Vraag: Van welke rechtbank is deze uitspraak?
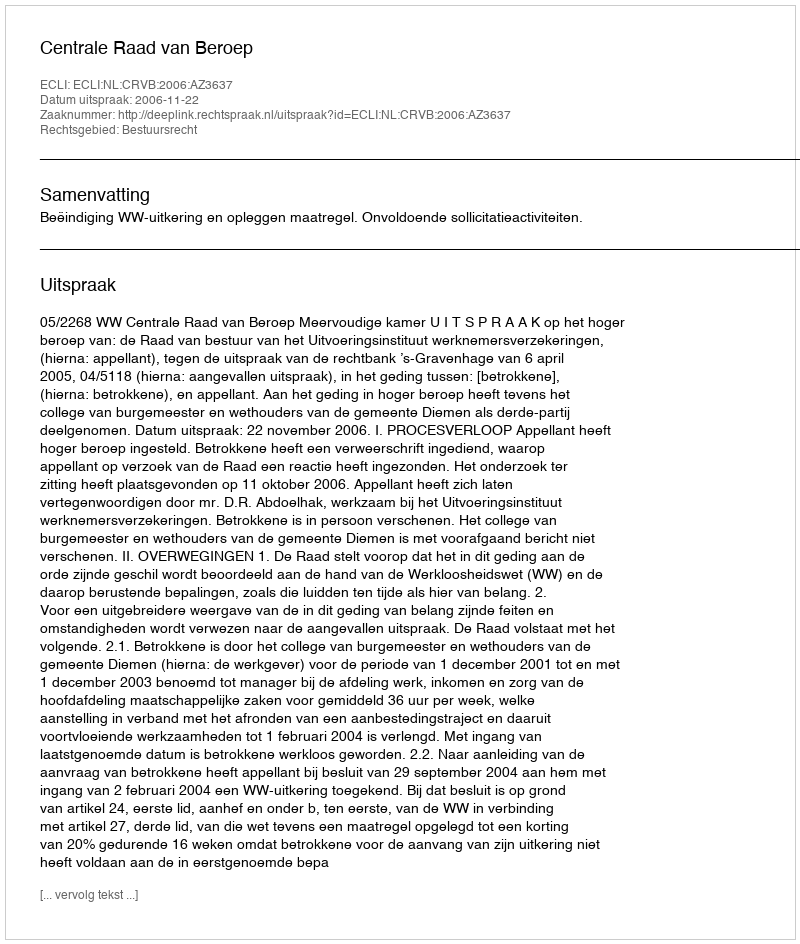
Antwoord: Centrale Raad van Beroep